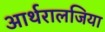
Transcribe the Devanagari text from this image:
आर्थरालजिया